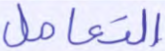
التعامل